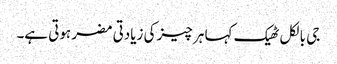
جی بالکل ٹھیک کہا ہر چیز کی زیادتی مضر ہوتی ہے۔